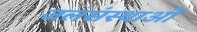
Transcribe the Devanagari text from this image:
जलसंस्थाओं